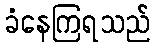
ခံနေကြရသည်